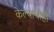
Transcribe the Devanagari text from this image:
केल्याचाही